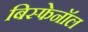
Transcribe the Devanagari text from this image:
बिस्फेनॉल